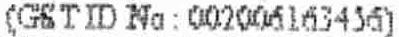
(GST ID NO : 002006163456)